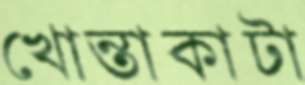
খোন্তাকাটা